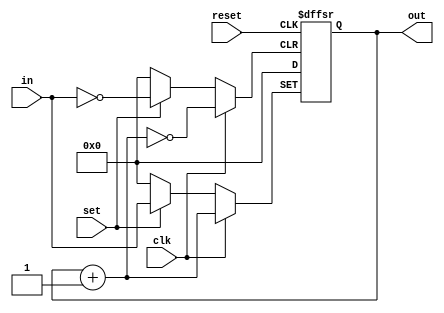
module counter_4_bit(out,in,set,reset,clk);

output reg [3:0] out;
input [3:0] in;
input set,reset,clk;

always @(posedge set,posedge clk,posedge reset)
begin
	if(set == 1'b1)
		out <= in;
	else if (clk == 1'b1)
		out <= out+1;
	else if(reset == 1'b1)
		out <= 4'b0000;
	else
		out = out;
end

endmodule